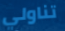
تناولي